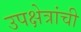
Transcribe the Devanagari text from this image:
उपक्षेत्रांची